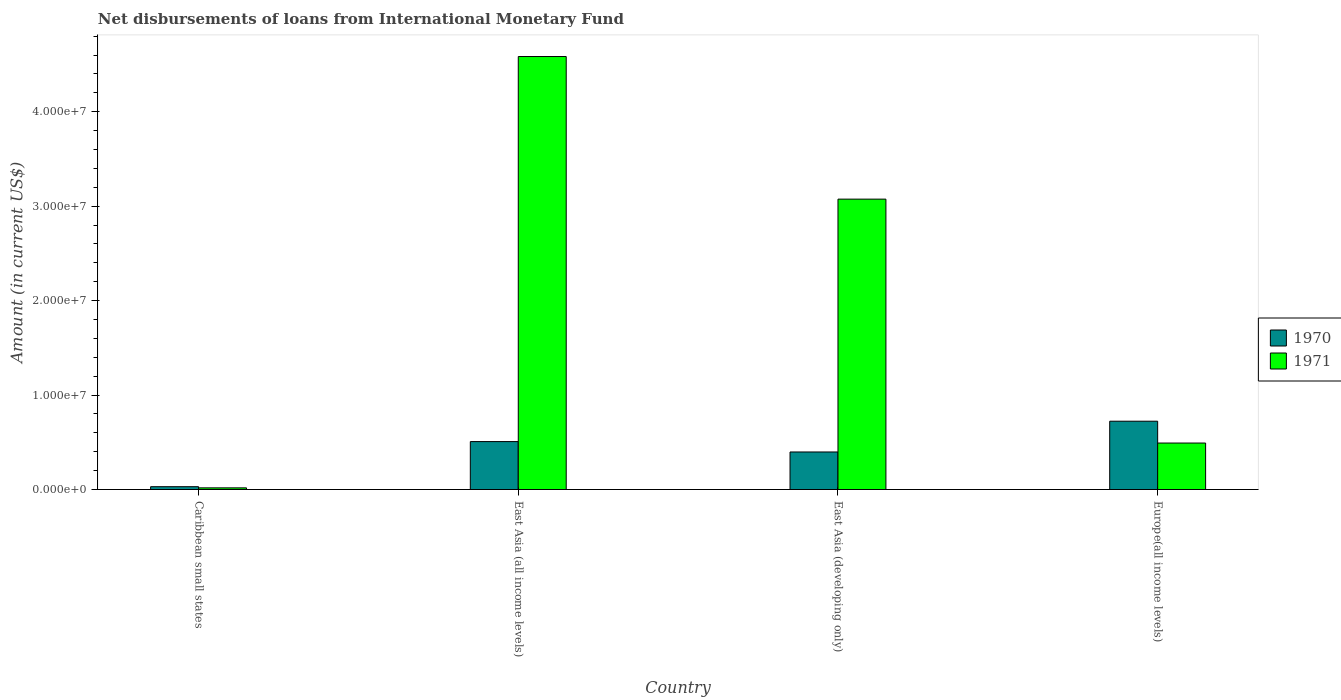
| Country | 1970 | 1971 |
 | --- | --- | --- |
 | Caribbean small states | 2.99e+05 | 1.76e+05 |
 | East Asia (all income levels) | 5.08e+06 | 4.58e+07 |
 | East Asia (developing only) | 3.98e+06 | 3.07e+07 |
 | Europe(all income levels) | 7.23e+06 | 4.92e+06 |